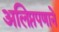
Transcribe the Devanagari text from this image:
अलिप्तपणाने